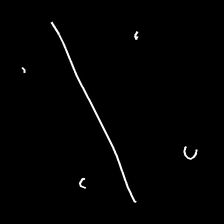
Glyph: cool